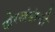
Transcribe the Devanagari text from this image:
दोरखंडांनी